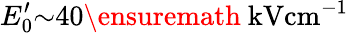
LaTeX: E_{0}^{\prime}{\sim}40\ensuremath{~\mathrm{kV}\mathrm{cm}^{-1}}